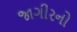
જાગીરનો